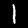
Label: 1